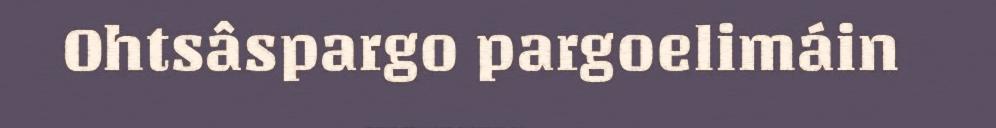
Ohtsâspargo pargoelimáin